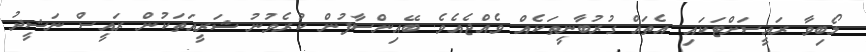
ލޯބިވާ ރައީސަށްޓަކައި އެތައް ގުރުބާނީތަކެއް ވެއްޖެއެވެ. ބޭއިންސާފުން ކުރެވުނު ޝަރީއަތަކުން ރައީސް ނަޝީދު